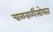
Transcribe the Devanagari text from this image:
चळवळींसोबत